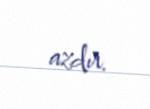
azdır.